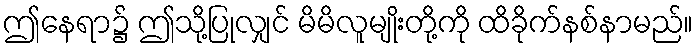
ဤနေရာ၌ ဤသို့ပြုလျှင် မိမိလူမျိုးတို့ကို ထိခိုက်နစ်နာမည်။